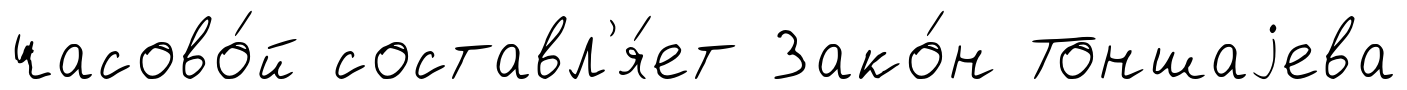
часово́й составл'я́ет Зако́н Тоншаjева